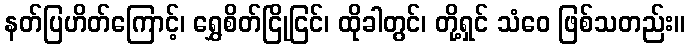
နတ်ပြဟိတ်ကြောင့်၊ ရွှေစိတ်ငြိုငြင်၊ ထိုခါတွင်၊ တို့ရှင် သံဝေ ဖြစ်သတည်း။